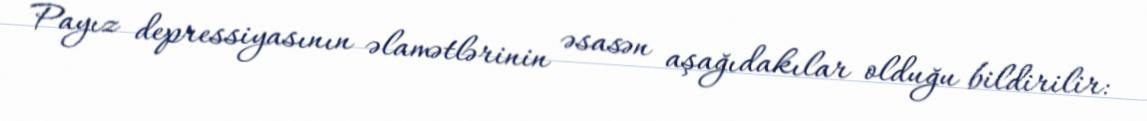
Payız depressiyasının əlamətlərinin əsasən aşağıdakılar olduğu bildirilir: